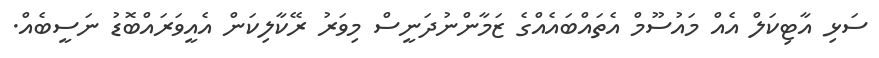
ސަޅި އާޓިކަލް އެއް މައުސޫމް އެތައްބައެއްގެ ޒަމާންނުދަނީސް މިވަރު ރޭކާލިކަން އެއީވަރައްބޮޑު ނަސީބެއް.